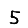
Digit: 5